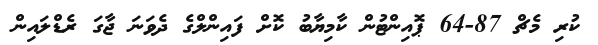
ކުރި މެޗް 87-64 ޕޮއިންޓުން ކާމިޔާބު ކޮށް ފައިންލްގެ ދެވަނަ ޖާގަ ރެޑްލައިން